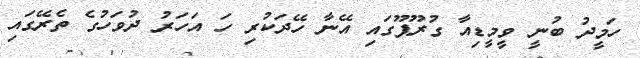
ހަމީދު ބުނީ ވީމީޑިއާ ގުރޫޕޫގައި އޭނާ ހޭދަކުރި ހަ އަހަރު ދުވަހުގެ ތެރޭގައި